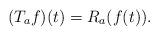
LaTeX: \begin{align*}(T_af)(t)= R_a(f(t)).\end{align*}